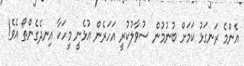
އެންމެ ރަނގަޅު ކަމަށް ބުނުމުން ސުވާލުކުރީ އަހަރެން އުޅެނީ މީހަކާ އިނދެގެންތޯ އެވެ!